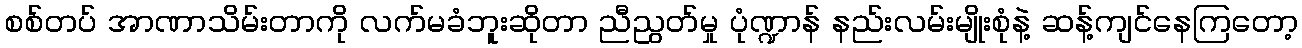
စစ်တပ် အာဏာသိမ်းတာကို လက်မခံဘူးဆိုတာ ညီညွတ်မှု ပုံဏ္ဍာန် နည်းလမ်းမျိုးစုံနဲ့ ဆန့်ကျင်နေကြတော့